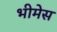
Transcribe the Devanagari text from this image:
भीमेस